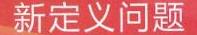
新定义问题